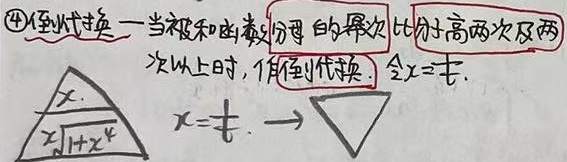
\textcircled{4}倒代换 一当被积函数分母的幂次比分子高两次及两
次以上时，使用倒代换. 令\(x = \frac{1}{t}\)．
\(\frac{x}{x^{k}\sqrt{1 + x^{k}}}\) \(x=\frac{1}{t}\rightarrow\)  ▲